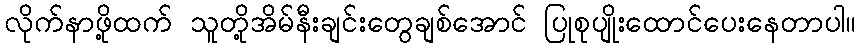
လိုက်နာဖို့ထက် သူတို့အိမ်နီးချင်းတွေချစ်အောင် ပြုစုပျိုးထောင်ပေးနေတာပါ။